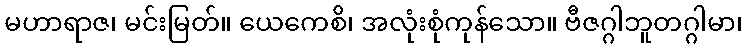
မဟာရာဇ၊ မင်းမြတ်။ ယေကေစိ၊ အလုံးစုံကုန်သော။ ဗီဇဂ္ဂါဘူတဂ္ဂါမာ၊